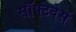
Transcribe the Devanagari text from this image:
सॉफ्टवेर्स